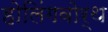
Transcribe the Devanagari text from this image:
होलिंगवोर्थ